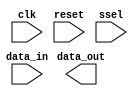
module spi_master (
  input wire clk,
  input wire reset,
  input wire ssel,
  input wire [7:0] data_in,
  output reg [7:0] data_out
);

parameter DATA_WIDTH = 8;
parameter CLOCK_FREQ = 1000000;
parameter SLAVE_ADDR = 4'b0000;

reg [DATA_WIDTH-1:0] shift_register;
reg [7:0] slave_data_out;

always @(posedge clk) begin
  if(reset) begin
    shift_register <= 0;
    slave_data_out <= 0;
  end else begin
    if(ssel && shift_register == 0) begin
      // Select slave device
      // Initiate data transfer
      // Implement SPI protocol
    end else begin
      // Continue data transfer
      // Implement SPI protocol
    end
  end
end

// Error checking and handling mechanisms

endmodule